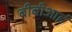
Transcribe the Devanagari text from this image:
बीबीआई